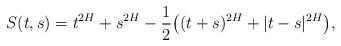
LaTeX: \begin{align*} S(t,s) = t^{2H} + s^{2H} - \frac{1}{2}\bigl( (t+s)^{2H} + | t-s | ^{2H} \bigr),\end{align*}